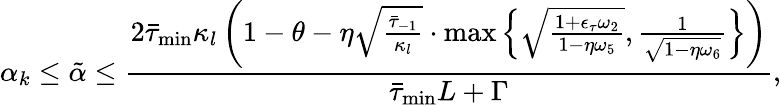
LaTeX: \alpha_{k}\leq\tilde{\alpha}\leq\frac{2\bar{\tau}_{\operatorname*{min}}\kappa_{l}\left(1-\theta-\eta\sqrt{\frac{\bar{\tau}_{-1}}{\kappa_{l}}}\cdot\operatorname*{max}\left\{ \sqrt{\frac{1+\epsilon_{\tau}\omega_{2}}{1-\eta\omega_{5}}},\frac{1}{\sqrt{1-\eta\omega_{6}}}\right\} \right)}{\bar{\tau}_{\operatorname*{min}}L+\Gamma},